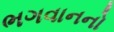
ભગવાનનો